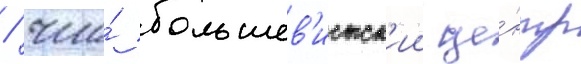
/ что́ большев'истск'ии це́нтр